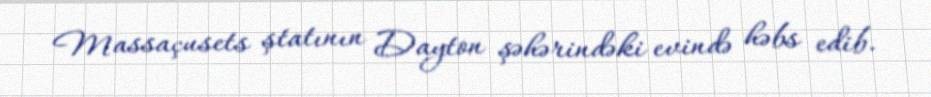
Massaçusets ştatının Dayton şəhərindəki evində həbs edib.